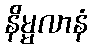
နိမ္မလာနံ